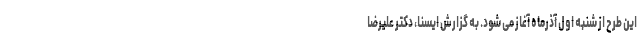
این طرح از شنبه اول آذرماه آغاز می شود. به گزارش ایسنا، دکتر علیرضا